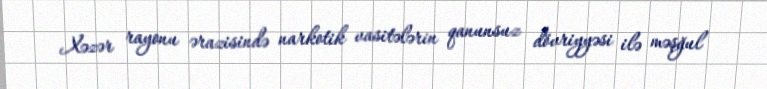
Xəzər rayonu ərazisində narkotik vasitələrin qanunsuz dövriyyəsi ilə məşğul